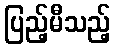
ပြည့်မီသည့်